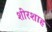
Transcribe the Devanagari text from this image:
शीरशाह